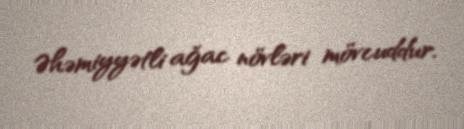
Əhəmiyyətli ağac növləri mövcuddur.